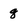
Character: 8